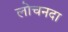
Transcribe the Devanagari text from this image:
लोचनदा